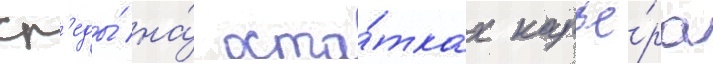
ср'еды́ на́ оста́тках карье́ра